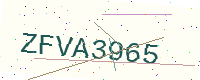
Text: ZFVA3965